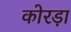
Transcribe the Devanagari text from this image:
कोरड़ा